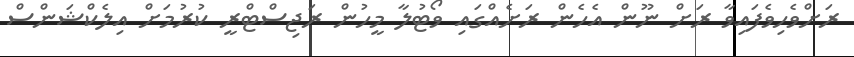
ރަށްވެހިވެފައިވާ ރަށް ނޫން އެހެން ރަށެއްގައި ވޯޓުލާ މީހުން ރަޖިސްޓްރީ ކުރުމަށް އިލެކްޝަންސް